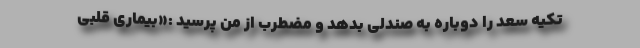
تکیه سعد را دوباره به صندلی بدهد و مضطرب از من پرسید :«بیماری قلبی